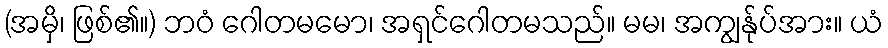
(အမှိ၊ ဖြစ်၏။) ဘဝံ ဂေါတမမော၊ အရှင်ဂေါတမသည်။ မမ၊ အကျွန်ုပ်အား။ ယံ